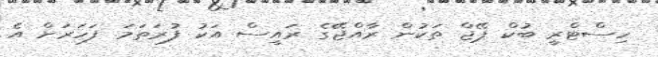
ހިސްޓްރީ ބުކް ޕޭޖް ތަކުން ރާއްޖޭގެ ރައީސް އަކު ފުރަތަމަ ފަހަރަށް އެ